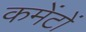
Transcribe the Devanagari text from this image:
कमेंटों